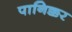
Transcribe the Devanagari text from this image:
पानिक्कर